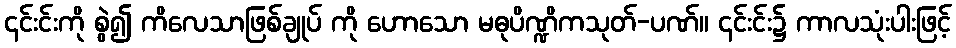
၎င်းင်းကို စွဲ၍ ကိလေသာဖြစ်ချုပ် ကို ဟောသော မဓုပိဏ္ဍိကသုတ်-ပဏ်။ ၎င်းင်း၌ ကာလသုံးပါးဖြင့်